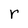
Character: r